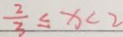
\frac { 2 } { 3 } \leq x < 2